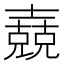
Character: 𡕁